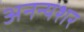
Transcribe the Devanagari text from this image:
अनन्यशर